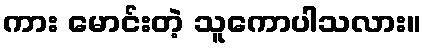
ကား မောင်းတဲ့ သူကောပါသလား။